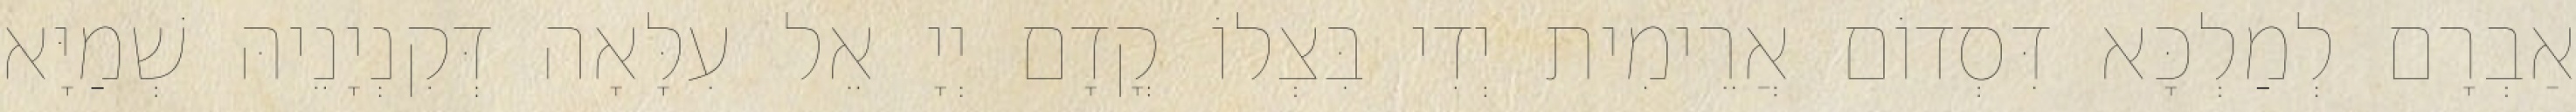
אַבְרָם לְמַלְכָּא דִּסְדוֹם אֲרֵימִית יְדִי בִּצְלוֹ קֳדָם יְיָ אֵל עִלָּאָה דְּקִנְיָנֵיהּ שְׁמַיָּא